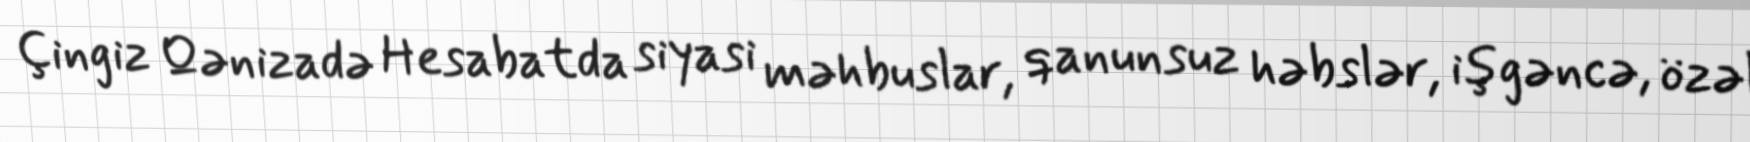
Çingiz Qənizadə Hesabatda siyasi məhbuslar, qanunsuz həbslər, işgəncə, özəl